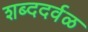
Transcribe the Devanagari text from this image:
शब्ददर्वळ